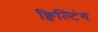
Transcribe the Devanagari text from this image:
क्विल्टिंग